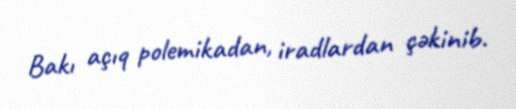
Bakı açıq polemikadan, iradlardan çəkinib.